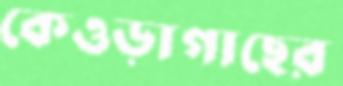
কেওড়াগাছের